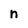
Character: n